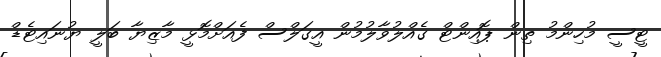
ޓީސީ މުހިންމު ތިން ޕޮއިންޓް ގެއްލުވާލުމުން އީގަލްސް ފެއަށްމޮޅީ މާޒިޔާ ބަލީ ޔުނައިޓެޑް